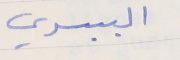
البيسري